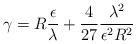
LaTeX: \begin{align*}\gamma =R\frac \epsilon \lambda +\frac 4{27}\frac{\lambda ^2}{\epsilon ^2R^2}\end{align*}